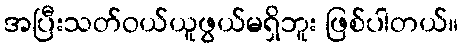
အပြီးသတ်ဝယ်ယူဖွယ်မရှိဘူး ဖြစ်ပါတယ်။